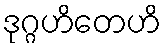
ဒုဂ္ဂဟိတေဟိ